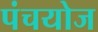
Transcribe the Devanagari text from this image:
पंचयोज